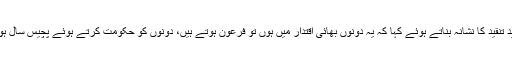
چودھری پرویز الہیٰ نے شریف برادران کو شدید تنقید کا نشانہ بناتے ہوئے کہا کہ یہ دونوں بھائی اقتدار میں ہوں تو فرعون ہوتے ہیں، دونوں کو حکومت کرتے ہوئے پچیس سال ہو گئے لیکن انہوں نے عوام کیلئے کچھ نہیں کیا۔